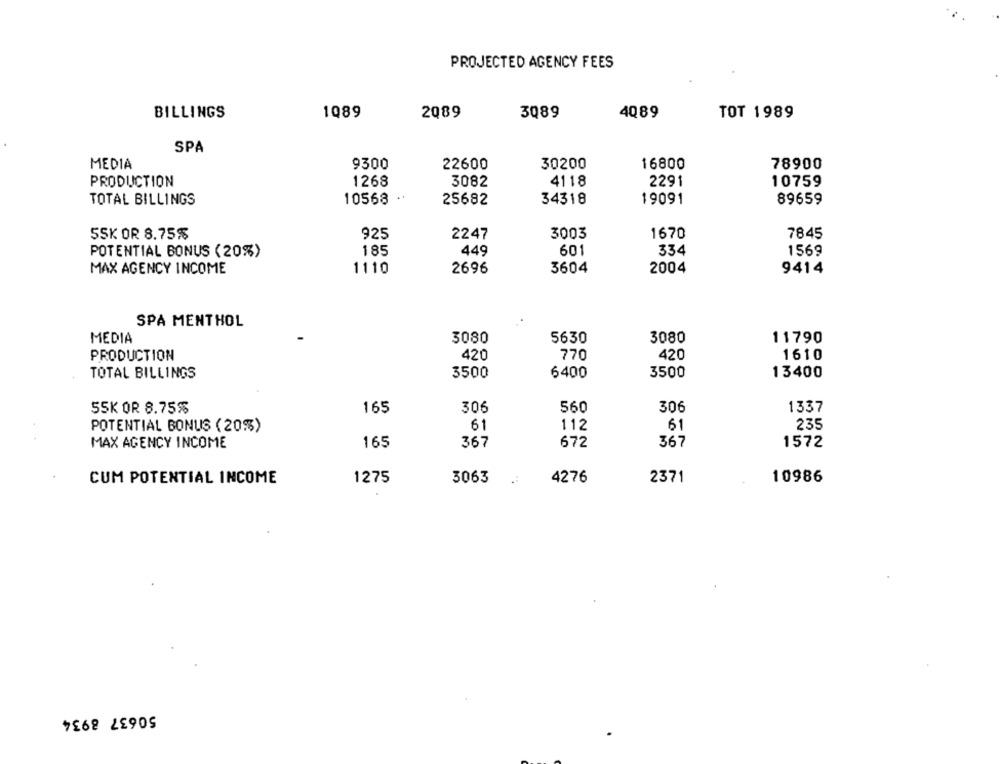
PROJECTED AGENCY FEES
1Q89
2089
3089
4Q89
TOT 1989
BILLINGS
SPA
MEDIA
9300
22600
30200
16800
78900
PRODUCTION
1268
3082
4118
2291
10759
TOTAL BILLINGS
10568
25682
34318
19091
89659
SSK OR 8.75%
925
2247
3003
1670
7845
POTENTIAL BONUS (20%)
185
449
601
334
1569
MAX AGENCY INCOME
1110
2696
3604
2004
9414
SPA MENTHOL
MEDIA
3080
5630
3080
11790
PRODUCTION
420
770
420
1610
TOTAL BILLINGS
3500
6400
3500
13400
SSK OR 8.75%
165
306
560
306
1337
POTENTIAL BONUS (20%)
61
112
61
235
165
367
672
367
1572
MAX AGENCY INCOME
CUM POTENTIAL INCOME
1275
3063
4276
2371
10986
50637 8934